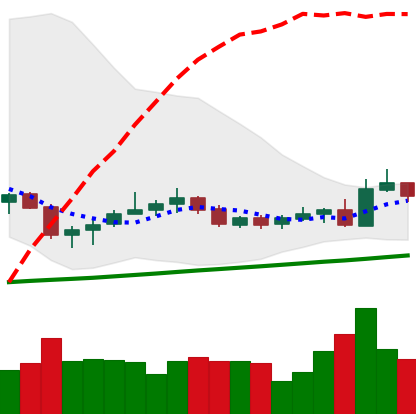
Ticker: NEO-USD
Chart end date: 2020-10-23
Forward return: -12.326%
Label: down_7plus